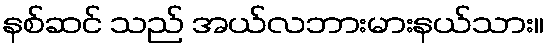
နစ်ဆင် သည် အယ်လဘားမားနယ်သား။